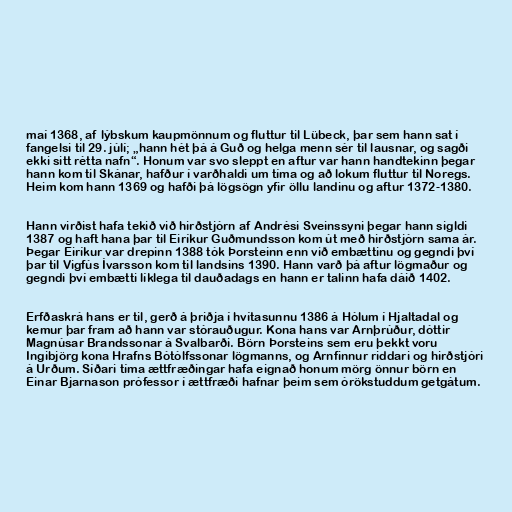
maí 1368, af lýbskum kaupmönnum og fluttur til Lübeck, þar sem hann sat í
fangelsi til 29. júlí; „hann hét þá á Guð og helga menn sér til lausnar, og sagði
ekki sitt rétta nafn“. Honum var svo sleppt en aftur var hann handtekinn þegar
hann kom til Skánar, hafður í varðhaldi um tíma og að lokum fluttur til Noregs.
Heim kom hann 1369 og hafði þá lögsögn yfir öllu landinu og aftur 1372-1380.

Hann virðist hafa tekið við hirðstjórn af Andrési Sveinssyni þegar hann sigldi
1387 og haft hana þar til Eiríkur Guðmundsson kom út með hirðstjórn sama ár.
Þegar Eiríkur var drepinn 1388 tók Þorsteinn enn við embættinu og gegndi því
þar til Vigfús Ívarsson kom til landsins 1390. Hann varð þá aftur lögmaður og
gegndi því embætti líklega til dauðadags en hann er talinn hafa dáið 1402.

Erfðaskrá hans er til, gerð á þriðja í hvítasunnu 1386 á Hólum í Hjaltadal og
kemur þar fram að hann var stórauðugur. Kona hans var Arnþrúður, dóttir
Magnúsar Brandssonar á Svalbarði. Börn Þorsteins sem eru þekkt voru
Ingibjörg kona Hrafns Bótólfssonar lögmanns, og Arnfinnur riddari og hirðstjóri
á Urðum. Síðari tíma ættfræðingar hafa eignað honum mörg önnur börn en
Einar Bjarnason prófessor í ættfræði hafnar þeim sem órökstuddum getgátum.